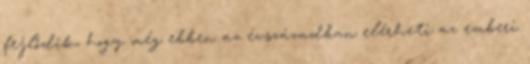
fejlődik, hogy még ebben az évszázadban elérheti az emberi